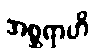
အစ္ဆရာဟိ